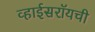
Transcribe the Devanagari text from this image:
व्हाईसरॉयची